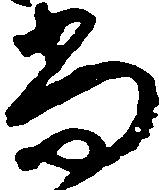
尚